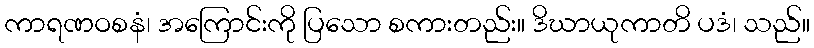
ကာရဏဝစနံ၊ အကြောင်းကို ပြသော စကားတည်း။ ဒိဃာယုကာတိ ပဒံ၊ သည်။